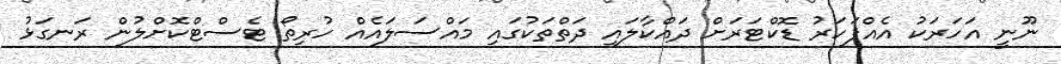
ނޫނީ އަހަރަކު އެއްފަހަރު ޑޮކްޓަރަށް ދައްކާލައި ދަތްތަކުގައި މައްސަލައެއް ހުރިތޯ ޓެސްޓްކޮށްލުން ރަނގަޅު